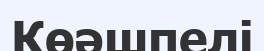
Көәшпелі